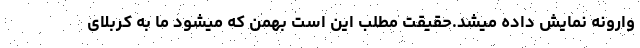
وارونه نمایش داده میشد.حقیقت مطلب این است بهمن که میشود ما به کربلای